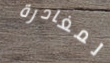
لمغادرة